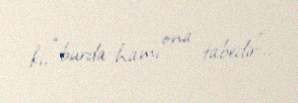
ki, “burda hamı ona tabedir”..